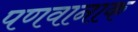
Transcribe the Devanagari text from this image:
पणवानाक